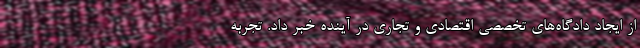
از ایجاد دادگاه‌های تخصصی اقتصادی و تجاری در آینده خبر داد. تجربه